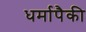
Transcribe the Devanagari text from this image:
धर्मापैकी